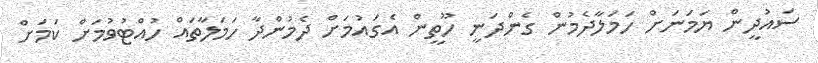
ސައުދީން ޔަމަނަށް ހަމަލާދެމުން ގެންދަނީ ހޫތީން އެގައުމަށް ދެމުންދާ ހަމަލާތައް ހުއްޓުވުމަށް ކަމަށް